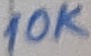
Text: 10K